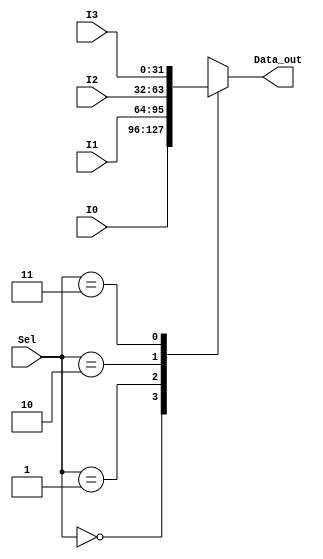
module mux4to1
   #(parameter DW = 32)
   (input [DW-1:0] I1,I0,I2,I3,
    input [1:0] Sel,
    output [DW-1:0] Data_out);
	 
//PARTE DECLARATORIA: Nets y variables
    wire [DW-1:0] I [3:0];
	 
	 
//PARTE OPERATORIA
    assign I[0]=I0;
    assign I[1]=I1;
    assign I[2]=I2;
    assign I[3]=I3;
    assign Data_out =I[Sel];
	 
endmodule